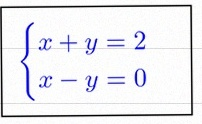
\begin{cases}x+y=2\\x-y=0\end{cases}